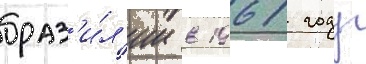
браз'и́л'ии в 1961 году